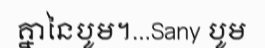
គ្នានៃបូម។...Sany បូម